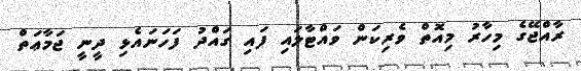
ރާއްޖޭގެ މިހާރު މިއޮތް ވެރިކަން ވައްޓާލައި ފައި ގައްދު ފަހަނައެޅި ދީނީ ޖަމާޢަތް